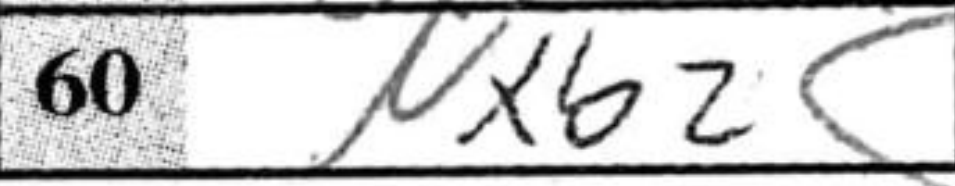
Transcription: Nxb2